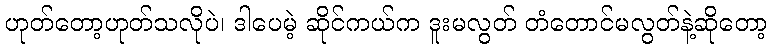
ဟုတ်တော့ဟုတ်သလိုပဲ၊ ဒါပေမဲ့ ဆိုင်ကယ်က ဒူးမလွတ် တံတောင်မလွတ်နဲ့ဆိုတော့